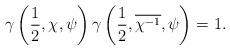
LaTeX: \begin{align*}\gamma\left(\frac{1}{2},\chi,\psi\right)\gamma\left(\frac{1}{2},\overline{\chi^{-1}},\psi\right)=1.\end{align*}